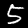
Digit: 5